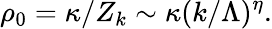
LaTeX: \rho_{0}=\kappa/Z_{k}\sim\kappa(k/\Lambda)^{\eta}.